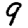
Digit: 9